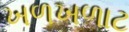
ખળખળાટ